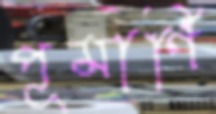
পূমার্ণি